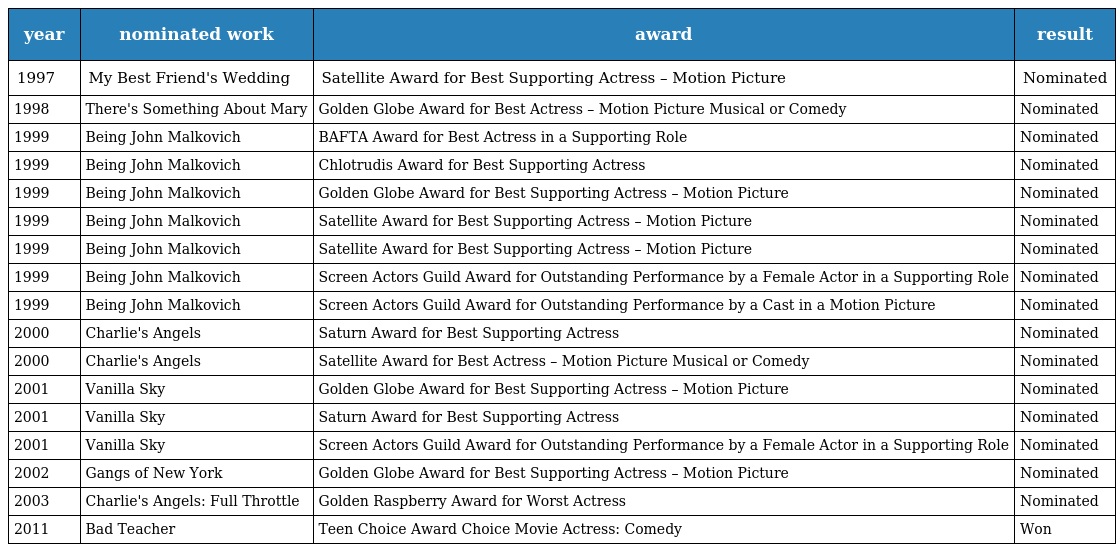
| year | nominated work | award | result |
 | --- | --- | --- | --- |
 | 1997 | My Best Friend's Wedding | Satellite Award for Best Supporting Actress – Motion Picture | Nominated |
 | 1998 | There's Something About Mary | Golden Globe Award for Best Actress – Motion Picture Musical or Comedy | Nominated |
 | 1999 | Being John Malkovich | BAFTA Award for Best Actress in a Supporting Role | Nominated |
 | 1999 | Being John Malkovich | Chlotrudis Award for Best Supporting Actress | Nominated |
 | 1999 | Being John Malkovich | Golden Globe Award for Best Supporting Actress – Motion Picture | Nominated |
 | 1999 | Being John Malkovich | Satellite Award for Best Supporting Actress – Motion Picture | Nominated |
 | 1999 | Being John Malkovich | Satellite Award for Best Supporting Actress – Motion Picture | Nominated |
 | 1999 | Being John Malkovich | Screen Actors Guild Award for Outstanding Performance by a Female Actor in a Supporting Role | Nominated |
 | 1999 | Being John Malkovich | Screen Actors Guild Award for Outstanding Performance by a Cast in a Motion Picture | Nominated |
 | 2000 | Charlie's Angels | Saturn Award for Best Supporting Actress | Nominated |
 | 2000 | Charlie's Angels | Satellite Award for Best Actress – Motion Picture Musical or Comedy | Nominated |
 | 2001 | Vanilla Sky | Golden Globe Award for Best Supporting Actress – Motion Picture | Nominated |
 | 2001 | Vanilla Sky | Saturn Award for Best Supporting Actress | Nominated |
 | 2001 | Vanilla Sky | Screen Actors Guild Award for Outstanding Performance by a Female Actor in a Supporting Role | Nominated |
 | 2002 | Gangs of New York | Golden Globe Award for Best Supporting Actress – Motion Picture | Nominated |
 | 2003 | Charlie's Angels: Full Throttle | Golden Raspberry Award for Worst Actress | Nominated |
 | 2011 | Bad Teacher | Teen Choice Award Choice Movie Actress: Comedy | Won |